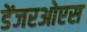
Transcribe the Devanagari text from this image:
डेंजरओएस